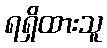
ရရှိထားသူ